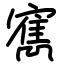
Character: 寯